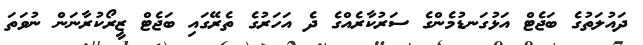
ދައުލަތުގެ ބަޖެޓް އަޅުގަނޑުމެންގެ ސަރުކާރެއްގެ ދެ އަހަރުގެ ތެރޭގައި ބަޖެޓް ޒީރޯކުރާނަން ނުވަތަ